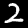
Digit: 2